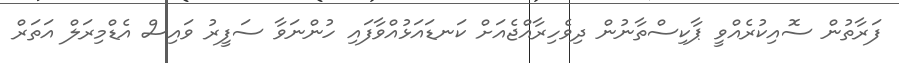
ފަރާތުން ސޮއިކުރެއްވީ ޕާކިސްތާނުން ދިވެހިރާއްޖެއަށް ކަނޑައަޅުއްވާފައި ހުންނަވާ ސަފީރު ވައިސް އެޑްމިރަލް އަތަރް